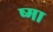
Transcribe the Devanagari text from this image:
ष्मा